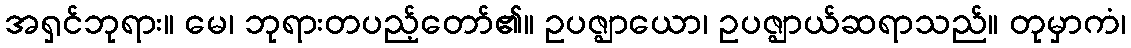
အရှင်ဘုရား။ မေ၊ ဘုရားတပည့်တော်၏။ ဥပဇ္ဈာယော၊ ဥပဇ္ဈာယ်ဆရာသည်။ တုမှာကံ၊